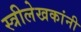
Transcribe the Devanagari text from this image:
स्त्रीलेखकांनी